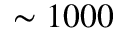
\sim 1 0 0 0